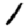
Digit: 1